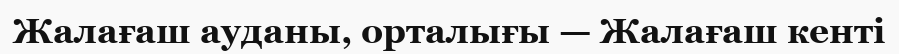
Жалағаш ауданы, орталығы — Жалағаш кенті